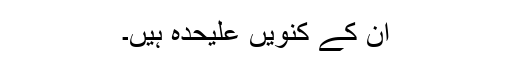
ان کے کنویں علیحدہ ہیں۔